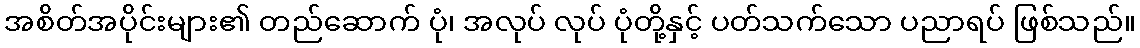
အစိတ်အပိုင်းများ၏ တည်ဆောက် ပုံ၊ အလုပ် လုပ် ပုံတို့နှင့် ပတ်သက်သော ပညာရပ် ဖြစ်သည်။